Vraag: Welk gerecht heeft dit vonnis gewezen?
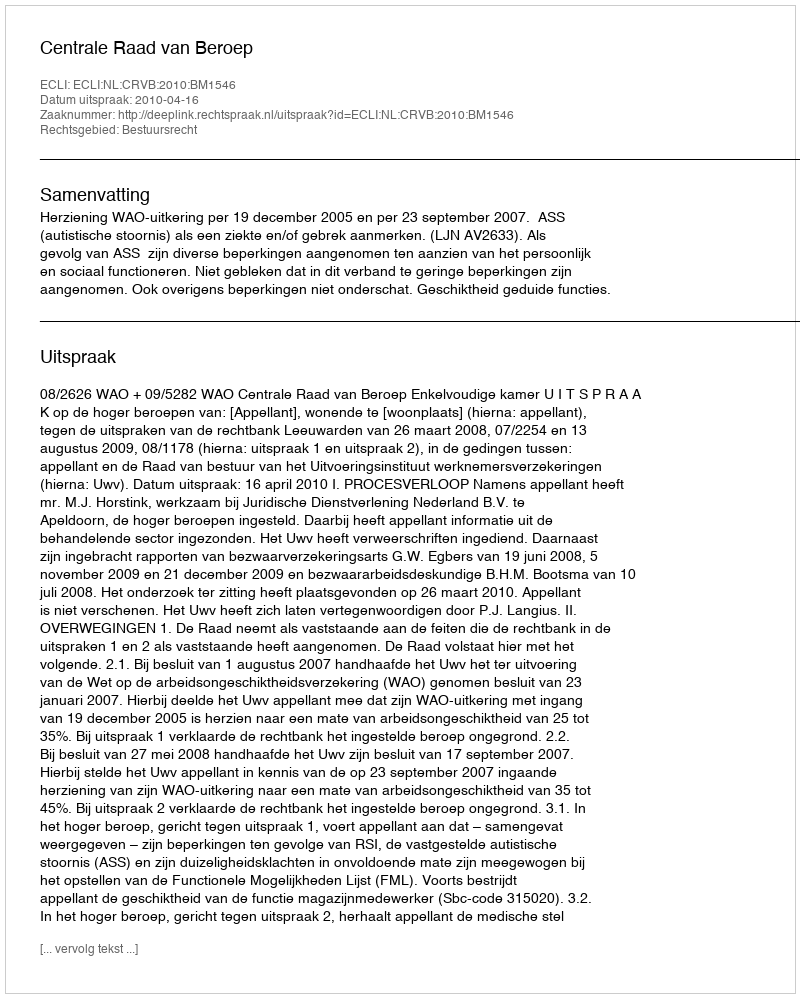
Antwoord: Centrale Raad van Beroep